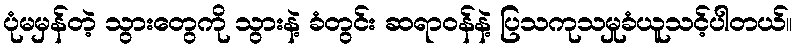
ပုံမမှန်တဲ့ သွားတွေကို သွားနဲ့ ခံတွင်း ဆရာဝန်နဲ့ ပြသကုသမှုခံယူသင့်ပါတယ်။